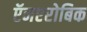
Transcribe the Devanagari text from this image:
ऍनएरोबिक